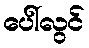
ပေါ်လွင်